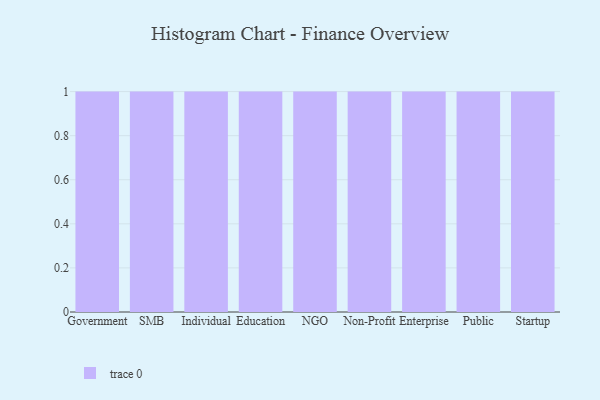
{"axis": {"x": "Segment", "y": "Operating Costs (USD K)"}, "legend": [""], "data": [{"x": "Government", "y": 10, "type": ""}, {"x": "SMB", "y": 39, "type": ""}, {"x": "Individual", "y": 32, "type": ""}, {"x": "Education", "y": 80, "type": ""}, {"x": "NGO", "y": 53, "type": ""}, {"x": "Non-Profit", "y": 76, "type": ""}, {"x": "Enterprise", "y": 96, "type": ""}, {"x": "Public", "y": 2, "type": ""}, {"x": "Startup", "y": 38, "type": ""}]}